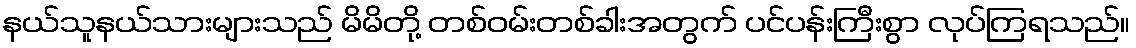
နယ်သူနယ်သားများသည် မိမိတို့ တစ်ဝမ်းတစ်ခါးအတွက် ပင်ပန်းကြီးစွာ လုပ်ကြရသည်။